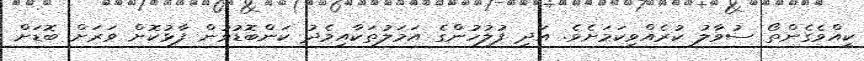
ކީއްވެގެންތޯ ސުވާލު ކުރެއްވިކަމަށެވެ. އަދި ފުލުހުންގެ އަމަލުތަކާއިމެދު ކަންބޮޑުވުން ފާޅުކޮށް ވަރަށް ބޮޑަށް